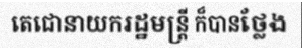
តេជោនាយករដ្ឋមន្ត្រី ក៏បានថ្លែង